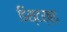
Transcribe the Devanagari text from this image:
डिस्टर्ब्ड